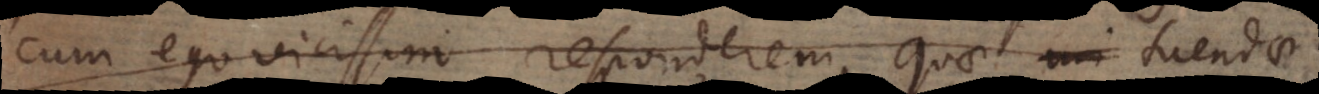
vero vicissim reponebam, quae tuendae